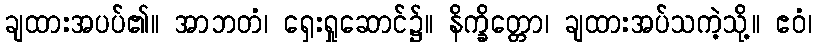
ချထားအပပ်၏။ အာဘတံ၊ ရှေးရှုဆောင်၌။ နိက္ခိတ္တော၊ ချထားအပ်သကဲ့သို့။ ဧဝံ၊